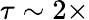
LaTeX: \tau\sim 2\times